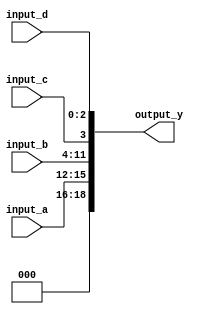
module concat_example (
    input wire [3:0] input_a,  // 4-bit input signal
    input wire [7:0] input_b,  // 8-bit input signal
    input wire       input_c,   // 1-bit input signal
    input wire [2:0] input_d,   // 3-bit input signal
    output wire [18:0] output_y // Output vector (4 + 8 + 1 + 3 = 16 bits)
);

// Continuous assignment for concatenation
assign output_y = {input_a, input_b, input_c, input_d};

endmodule